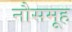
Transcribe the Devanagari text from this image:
नौसमूह